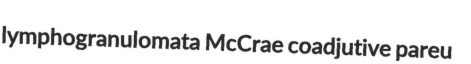
lymphogranulomata McCrae coadjutive pareu